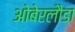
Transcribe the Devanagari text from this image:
ओबेरलौडा